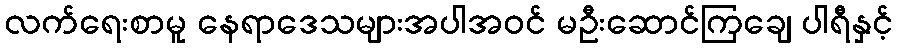
လက်ရေးစာမူ နေရာဒေသများအပါအဝင် မဦးဆောင်ကြချေ ပါရီနှင့်